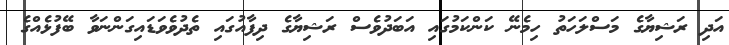
އަދި ރަޝިޔާގެ މަސްލަހަތު ހިމެނޭ ކަންކަމުގައި އަބަދުވެސް ރަޝިޔާގެ ދިފާއުގައި ތެދުވެވަޑައިގަންނަވާ ބޭފުޅެއްގެ